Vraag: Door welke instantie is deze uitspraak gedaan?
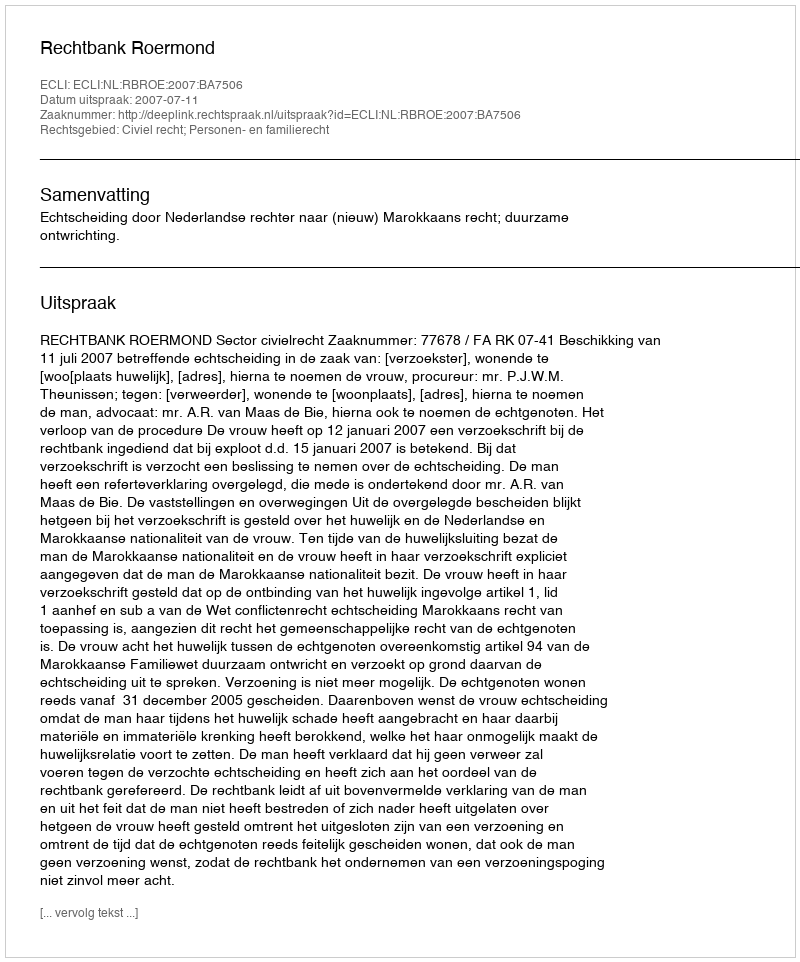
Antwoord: Rechtbank Roermond